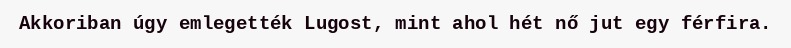
Akkoriban úgy emlegették Lugost, mint ahol hét nő jut egy férfira.